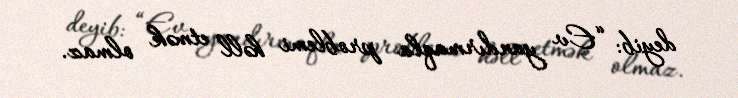
deyib: “Ev yandırmaqla problemi həll etmək olmaz.